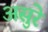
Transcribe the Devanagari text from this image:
असुरे